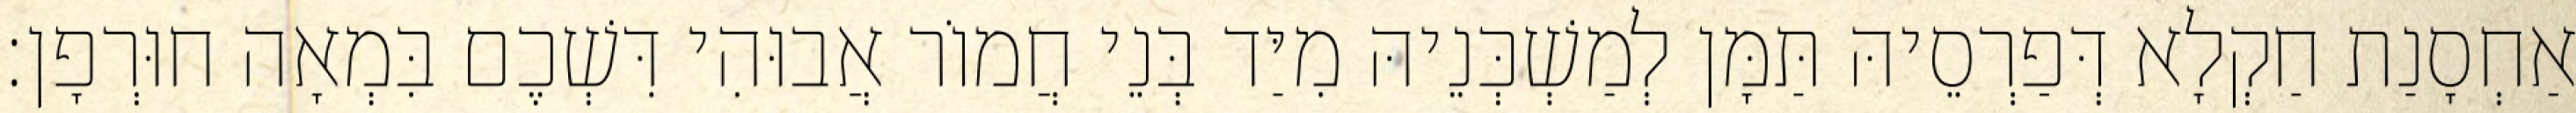
אַחְסָנַת חַקְלָא דְּפַרְסֵיהּ תַּמָּן לְמַשְׁכְּנֵיהּ מִיַּד בְּנֵי חֲמוֹר אֲבוּהִי דִּשְׁכֶם בִּמְאָה חוּרְפָן׃